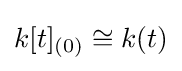
k[t]_{(0)}\cong k(t)